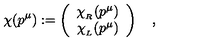
\chi ( p ^ { \mu } ) : = \left( \begin{array} { c } { \chi _ { _ R } ( p ^ { \mu } ) } \\ { \chi _ { _ L } ( p ^ { \mu } ) } \\ \end{array} \right) \quad ,